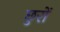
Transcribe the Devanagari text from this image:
छुरों